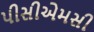
પીસીએમસી